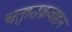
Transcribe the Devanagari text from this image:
चतुश्चक्रवाहन